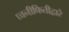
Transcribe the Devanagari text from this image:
ध्वनीफितीद्वारे